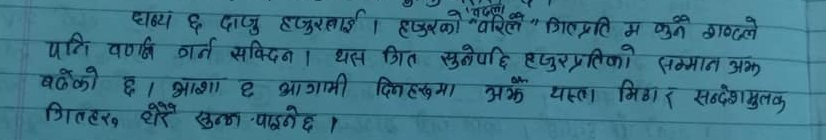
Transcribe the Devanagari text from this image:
घब्य छ दाजु हजुरलाई। हजुरको "वरिलौ" गिलप्रति म कुनै शब्दले
पनि वर्णन गर्न सक्दिन। यस गीत सुनेपछि हजुरप्रतिको सम्मान अझ
बढेको छ। आशा छ आगामी दिनहरुमा अझै यस्ता मिठा र सन्देशमूलक
गीतहरु, धेरै सुन्न पाइने छ ।